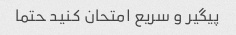
پیگیر و سریع امتحان کنید حتما